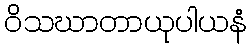
ဝိသဃာတာယုပါယနံ